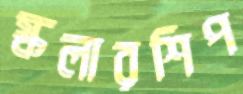
স্কলারশিপ